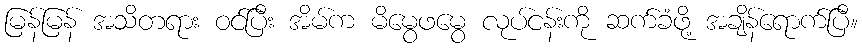
မြန်မြန် အသိတရား ဝင်ပြီး အိမ်က မိမွေဖမွေ လုပ်ငန်းကို ဆက်ခံဖို့ အချိန်ရောက်ပြီ။